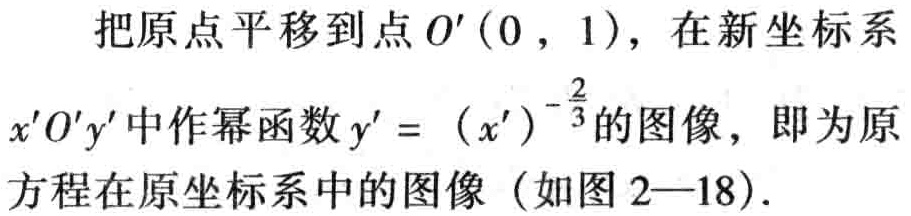
把原点平移到点\(O'(0,1)\)，在新坐标系\(x'O'y'\)中作幂函数\(y' = (x')^{-\frac{2}{3}}\)的图像，即为原方程在原坐标系中的图像（如图2—18）.